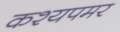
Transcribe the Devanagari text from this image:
कश्यपमर